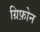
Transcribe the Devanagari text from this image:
ग्रिफ़ोन